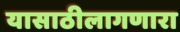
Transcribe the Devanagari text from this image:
यासाठीलागणारा